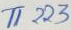
Text: T1223